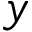
y